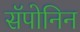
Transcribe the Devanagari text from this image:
सॅपोनिन